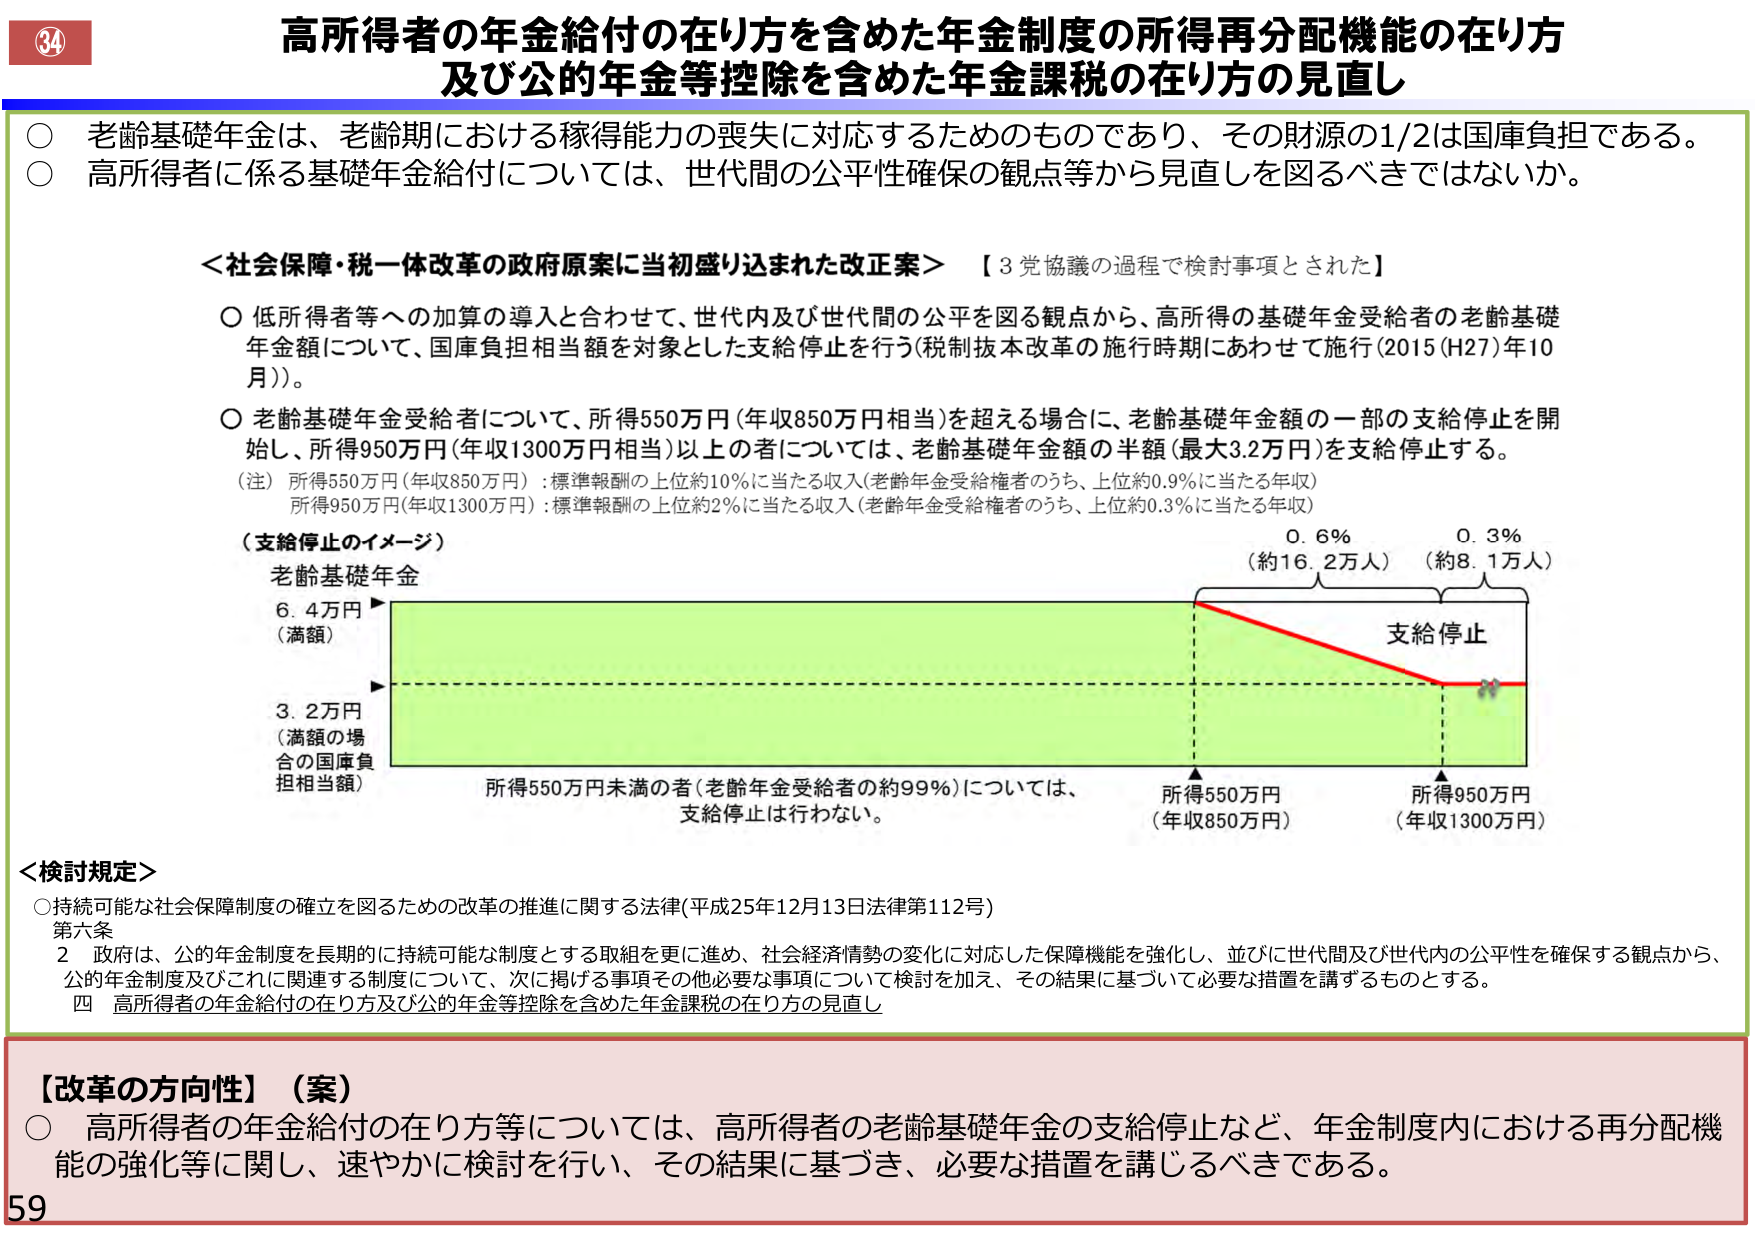
34
高所得者の年金給付の在り方を含めた年金制度の所得再分配機能の在り方
及び公的年金等控除を含めた年金課税の在り方の見直し

○ 老齢基礎年金は、老齢期における稼得能力の喪失に対応するためのものであり、その財源の1/2は国庫負担である。
○ 高所得者に係る基礎年金給付については、世代間の公平性確保の観点等から見直しを図るべきではないか。

＜社会保障・税一体改革の政府原案に当初盛り込まれた改正案＞ 【3党協議の過程で検討事項とされた】

○ 低所得者等への加算の導入と合わせて、世代内及び世代間の公平を図る観点から、高所得の基礎年金受給者の老齢基礎年金額について、国庫負担相当額を対象とした支給停止を行う（税制抜本改革の施行時期にあわせて施行（2015（H27）年10月））。

○ 老齢基礎年金受給者について、所得550万円（年収850万円相当）を超える場合に、老齢基礎年金額の一部の支給停止を開始し、所得950万円（年収1300万円相当）以上の人については、老齢基礎年金額の半額（最大3.2万円）を支給停止する。

（注）所得550万円（年収850万円）：標準報酬の上位約10％に当たる収入（老齢年金受給者のうち、上位約0.9％に当たる年収）
所得950万円（年収1300万円）：標準報酬の上位約2％に当たる収入（老齢年金受給者のうち、上位約0.3％に当たる年収）

（支給停止のイメージ）
老齢基礎年金
6.4万円（満額）
3.2万円（満額の場合の国庫負担相当額）
所得550万円未満の者（老齢年金受給者の約99％）については、支給停止は行わない。
所得550万円（年収850万円）
所得950万円（年収1300万円）
0.6％（約16.2万人）
0.3％（約8.1万人）
支給停止

＜検討規定＞
○ 持続可能な社会保障制度の確立を図るための改革の推進に関する法律（平成25年12月13日法律第112号）
第六条
２ 政府は、公的年金制度を長期的に持続可能な制度とする取組を更に進め、社会経済情勢の変化に対応した保障機能を強化し、並びに世代間及び世代内の公平性を確保する観点から、公的年金制度及びこれに関連する制度について、次に掲げる事項その他必要な事項について検討を加え、その結果に基づいて必要な措置を講ずるものとする。
四 高所得者の年金給付の在り方及び公的年金等控除を含めた年金課税の在り方の見直し

【改革の方向性】（案）
○ 高所得者の年金給付の在り方等については、高所得者の老齢基礎年金の支給停止など、年金制度内における再分配機能の強化等に関し、速やかに検討を行い、その結果に基づき、必要な措置を講じるべきである。

59